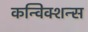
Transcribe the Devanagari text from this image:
कन्विक्शन्स